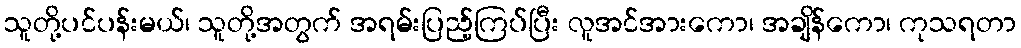
သူတို့ပင်ပန်းမယ်၊ သူတို့အတွက် အရမ်းပြည့်ကြပ်ပြီး လူအင်အားကော၊ အချိန်ကော၊ ကုသရတာ